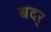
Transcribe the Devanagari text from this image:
बदर्